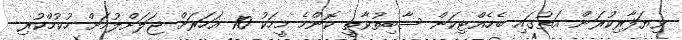
ވިޔަފާރިކުރަން އަތުގައި ބެހެއްޓިކަން ސާބިތުވާތީ ކޮންމެ މީހަކު 10 އަހަރަށް ޖަލަށްލުމަށް ހުކުމްކުރި